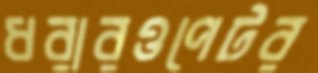
ধরারওপেটর